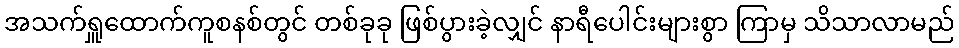
အသက်ရှူထောက်ကူစနစ်တွင် တစ်ခုခု ဖြစ်ပွားခဲ့လျှင် နာရီပေါင်းများစွာ ကြာမှ သိသာလာမည်